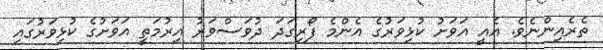
ތެރެއިންނެވެ. އެއީ އަވަށު ކުޅިވަރުގެ އެންމެ ފޯރިގަދަ ދުވަސްވަރު އިރުމަތީ އަވަށުގެ ކުޅިވަރުގައި